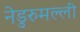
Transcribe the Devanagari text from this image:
नेडुरुमल्ली